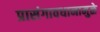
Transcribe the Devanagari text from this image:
प्रासंगावधानामुळे